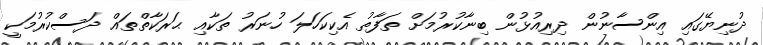
ދުނިޔޭގައި އިންސާނުން ދިރިއުޅުން ބިނާކުރުމަށް ތަފާތު އެކިކަހަލަ ހުނަރު ތަކާއި ޙަރަކާތްތައް ދަސްކުރުމަކީ